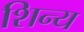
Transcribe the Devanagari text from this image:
शिन्य